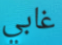
غابي